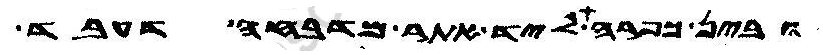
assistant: ובין כפרה ליד אתר מדבחה דעבד